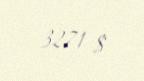
3271 $